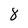
Character: 8